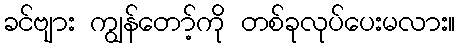
ခင်ဗျား ကျွန်တော့်ကို တစ်ခုလုပ်ပေးမလား။